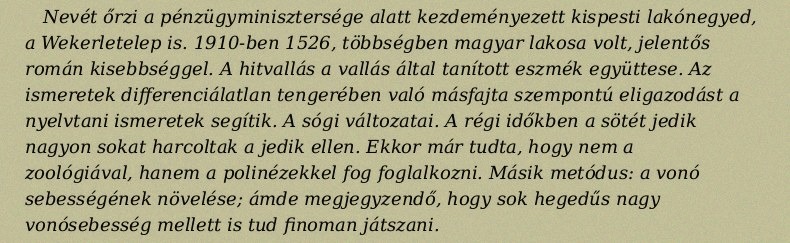
Nevét őrzi a pénzügyminisztersége alatt kezdeményezett kispesti lakónegyed, a Wekerletelep is. 1910-ben 1526, többségben magyar lakosa volt, jelentős román kisebbséggel. A hitvallás a vallás által tanított eszmék együttese. Az ismeretek differenciálatlan tengerében való másfajta szempontú eligazodást a nyelvtani ismeretek segítik. A sógi változatai. A régi időkben a sötét jedik nagyon sokat harcoltak a jedik ellen. Ekkor már tudta, hogy nem a zoológiával, hanem a polinézekkel fog foglalkozni. Másik metódus: a vonó sebességének növelése; ámde megjegyzendő, hogy sok hegedűs nagy vonósebesség mellett is tud finoman játszani.